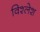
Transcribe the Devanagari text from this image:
विश्लेश